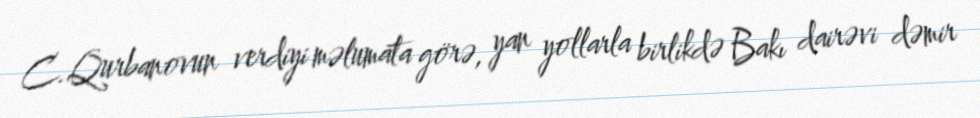
C.Qurbanovun verdiyi məlumata görə, yan yollarla birlikdə Bakı dairəvi dəmir